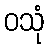
ဝသုံ